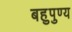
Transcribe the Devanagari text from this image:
बहुपुण्य